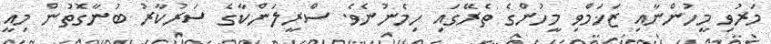
މަރުވި މީހުންނާއި ޒަޚަމްވި މީހުންގެ ތެރޭގައި ހިމެނުނެވެ. ސްރީލަންކާގެ ސަރުކާރު ބުނާގޮތުން މިއީ